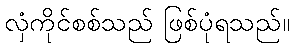
လှံကိုင်စစ်သည် ဖြစ်ပုံရသည်။